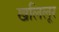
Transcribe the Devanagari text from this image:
खलिलूर